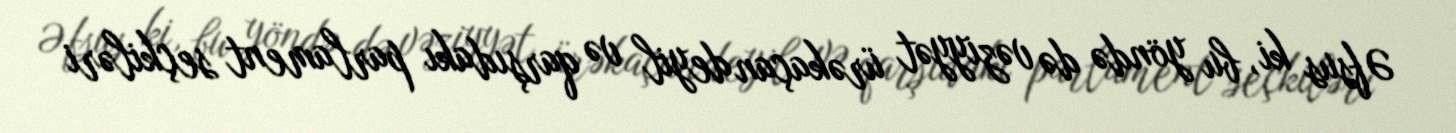
Əfsus ki, bu yöndə də vəziyyət ürəkaçan deyil və qarşıdakı parlament seçkiləri